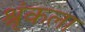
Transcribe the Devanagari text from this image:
श्रृंकला